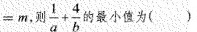
= m$$，则 $$\frac { 1 } { a } + \frac { 4 } { b }$$ 的最小值为()